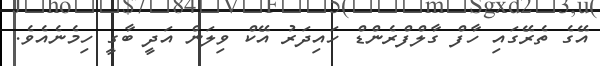
އޭގެ ތެރޭގައި ހާފް ގާލްފްރެންޑް ހައިދަރު އޭކް ވިލަން އަދީ ބާގީ ހިމެނެއެވެ.